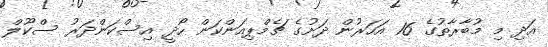
އަދި މި މުބާރާތުގެ 16 އަހަރުން ދަށުގެ ޗެމްޕިއަންކަން ހޯދީ އިސްކަންދަރު ސްކޫލް